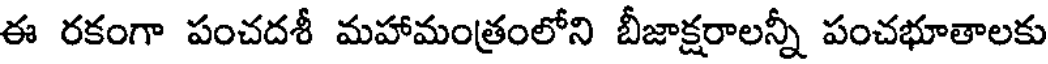
ఈ రకంగా పంచదశీ మహామంత్రంలోని బీజాక్షరాలన్నీ పంచభూతాలకు